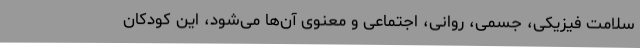
سلامت فیزیکی، جسمی، روانی، اجتماعی و معنوی آن‌ها می‌شود، این کودکان